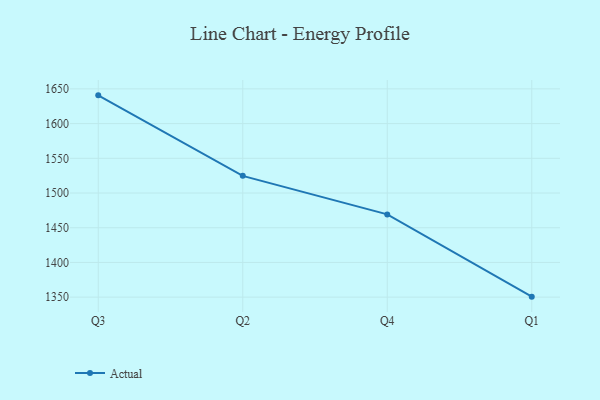
{"axis": {"x": "Quarter", "y": "Demand Index"}, "legend": ["Actual"], "data": [{"x": "Q3", "y": 1640.7, "type": "Actual"}, {"x": "Q2", "y": 1524.7, "type": "Actual"}, {"x": "Q4", "y": 1469.2, "type": "Actual"}, {"x": "Q1", "y": 1350.7, "type": "Actual"}]}